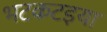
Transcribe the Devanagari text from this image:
भटकटइया